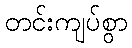
တင်းကျပ်စွာ